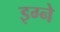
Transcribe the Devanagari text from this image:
इग्ने